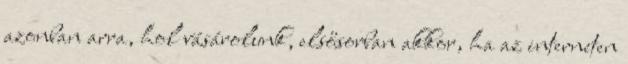
azonban arra, hol vásárolunk, elsősorban akkor, ha az interneten